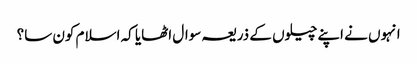
انہوں نے اپنے چیلوں کے ذریعہ سوال اٹھایا کہ اسلام کون سا؟